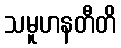
သမူဟနတီတိ